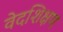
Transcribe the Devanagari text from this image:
वेदशिक्षण